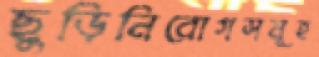
ছুড়িনিরোগসমূহ